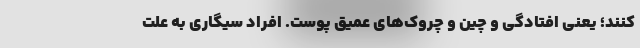
کنند؛ یعنی افتادگی و چین و چروک‌های عمیق پوست. افراد سیگاری به علت